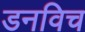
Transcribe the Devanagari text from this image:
डनविच